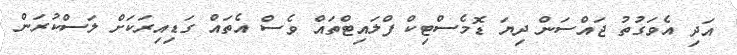
އަދި އެވަގުތު ޖައްސަން ދިޔަ ޑޮމެސްޓިކް ފްލައިޓްތައް ވެސް އެތައް ގަޑިއިރަކަށް ލަސްކުރަން